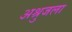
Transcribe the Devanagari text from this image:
अश्रुजला